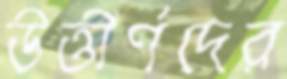
উত্তীর্ণদের